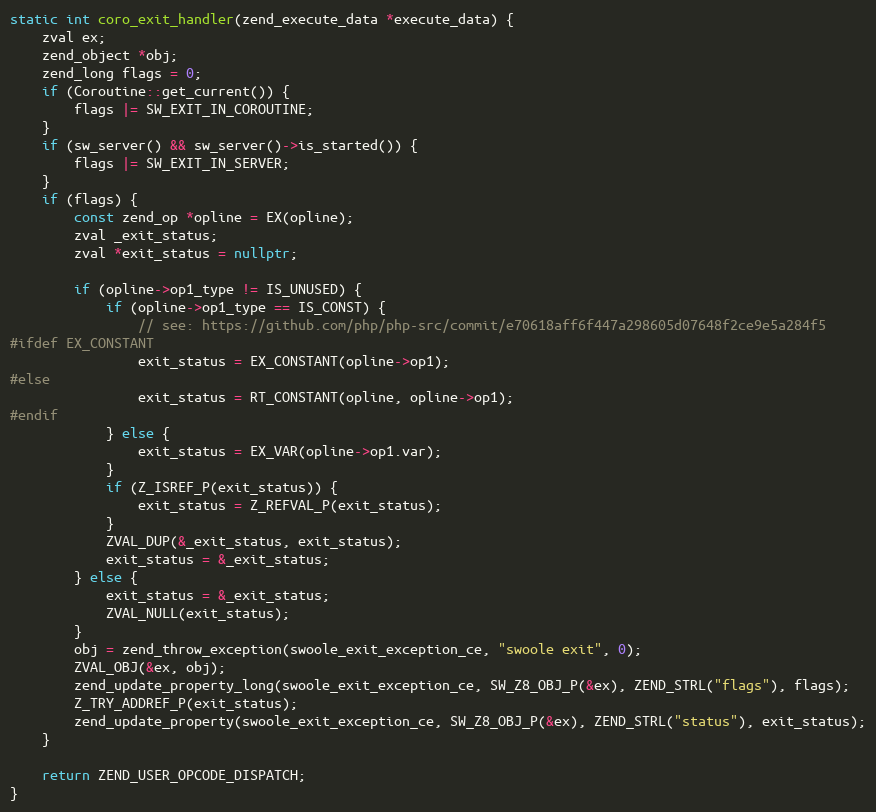
Language: C++
static int coro_exit_handler(zend_execute_data *execute_data) {
    zval ex;
    zend_object *obj;
    zend_long flags = 0;
    if (Coroutine::get_current()) {
        flags |= SW_EXIT_IN_COROUTINE;
    }
    if (sw_server() && sw_server()->is_started()) {
        flags |= SW_EXIT_IN_SERVER;
    }
    if (flags) {
        const zend_op *opline = EX(opline);
        zval _exit_status;
        zval *exit_status = nullptr;

        if (opline->op1_type != IS_UNUSED) {
            if (opline->op1_type == IS_CONST) {
                // see: https://github.com/php/php-src/commit/e70618aff6f447a298605d07648f2ce9e5a284f5
#ifdef EX_CONSTANT
                exit_status = EX_CONSTANT(opline->op1);
#else
                exit_status = RT_CONSTANT(opline, opline->op1);
#endif
            } else {
                exit_status = EX_VAR(opline->op1.var);
            }
            if (Z_ISREF_P(exit_status)) {
                exit_status = Z_REFVAL_P(exit_status);
            }
            ZVAL_DUP(&_exit_status, exit_status);
            exit_status = &_exit_status;
        } else {
            exit_status = &_exit_status;
            ZVAL_NULL(exit_status);
        }
        obj = zend_throw_exception(swoole_exit_exception_ce, "swoole exit", 0);
        ZVAL_OBJ(&ex, obj);
        zend_update_property_long(swoole_exit_exception_ce, SW_Z8_OBJ_P(&ex), ZEND_STRL("flags"), flags);
        Z_TRY_ADDREF_P(exit_status);
        zend_update_property(swoole_exit_exception_ce, SW_Z8_OBJ_P(&ex), ZEND_STRL("status"), exit_status);
    }

    return ZEND_USER_OPCODE_DISPATCH;
}